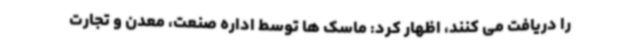
را دریافت می کنند، اظهار کرد: ماسک ها توسط اداره صنعت، معدن و تجارت